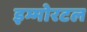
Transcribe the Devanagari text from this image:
इम्मोरटल